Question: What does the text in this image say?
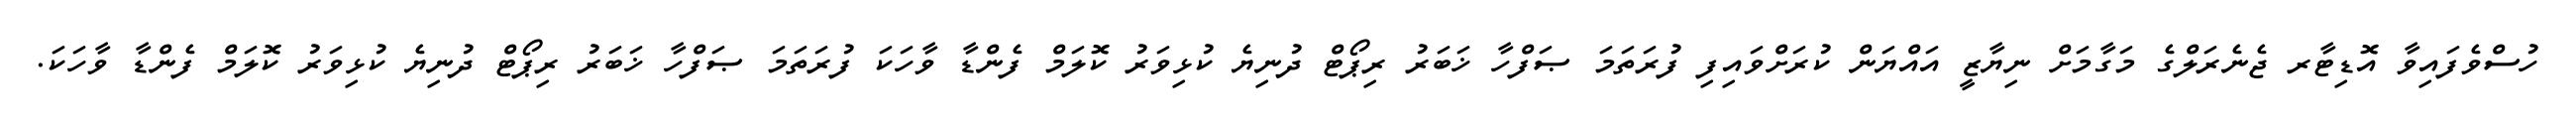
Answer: ހުސްވެފައިވާ އޮޑިޓާރ ޖެނެރަލްގެ މަގާމަށް ނިޔާޒީ އައްޔަން ކުރަށްވައިފި ފުރަތަމަ ޞަފްހާ ޚަބަރު ރިޕޯޓް ދުނިޔެ ކުޅިވަރު ކޮލަމް ފެންޑާ ވާހަކަ ފުރަތަމަ ޞަފްހާ ޚަބަރު ރިޕޯޓް ދުނިޔެ ކުޅިވަރު ކޮލަމް ފެންޑާ ވާހަކަ.